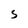
Character: s